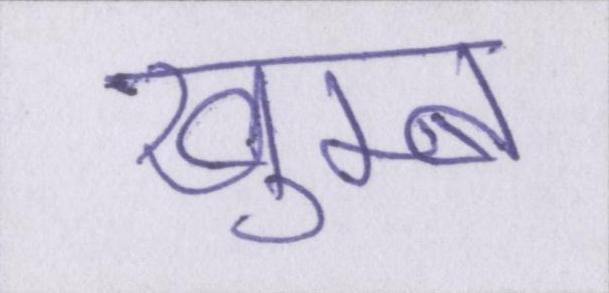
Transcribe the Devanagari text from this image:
खुम्ब